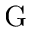
\mathrm { G }